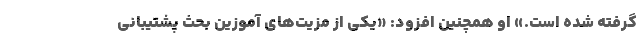
گرفته‌ شده است.» او همچنین افزود: «یکی از مزیت‌های آموزین بحث پشتیبانی